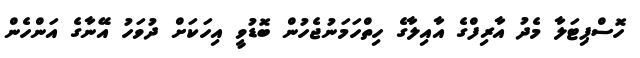
ހޮސްޕިޓަލާ މެދު އާރިފްގެ އާއިލާގެ ހިތްހަމަނުޖެހުން ބޮޑުވީ އިހަކަށް ދުވަހު އޭނާގެ އަންހެން